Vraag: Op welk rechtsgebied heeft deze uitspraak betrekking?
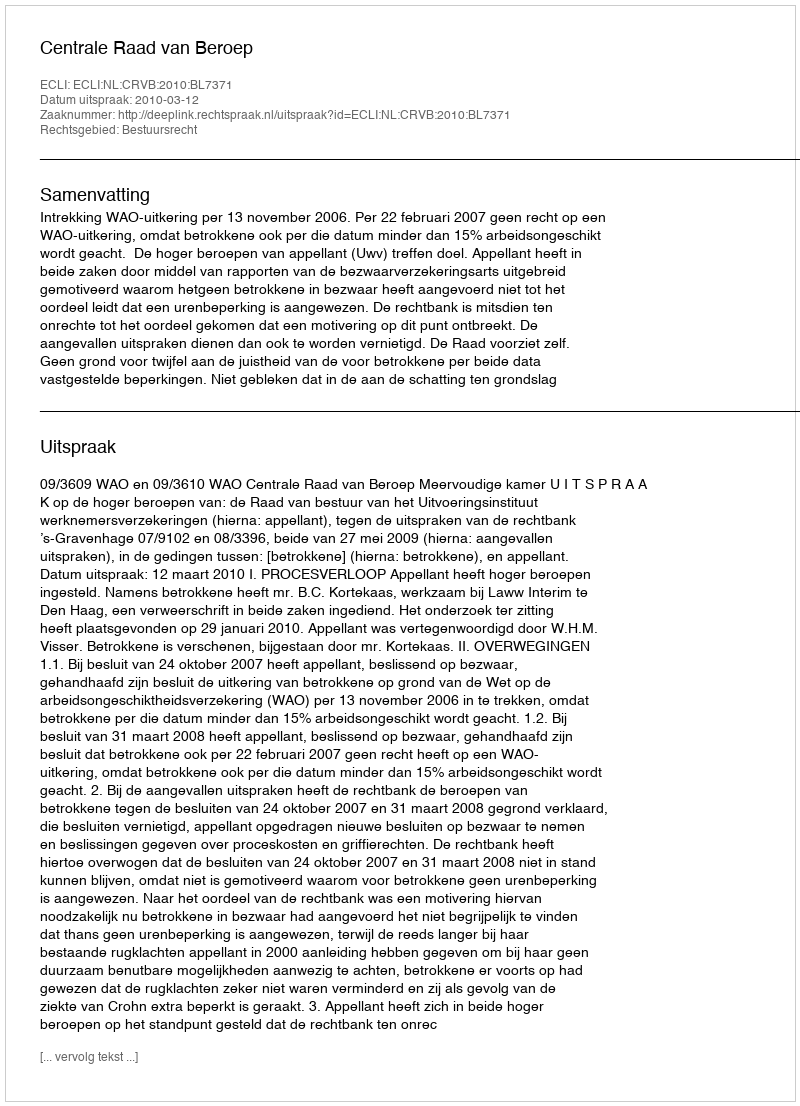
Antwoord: Bestuursrecht